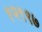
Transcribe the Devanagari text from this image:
१२९९७